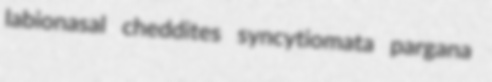
labionasal cheddites syncytiomata pargana